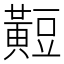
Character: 𪏄